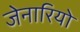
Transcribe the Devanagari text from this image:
जेनारियो